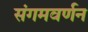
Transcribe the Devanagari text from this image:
संगमवर्णन